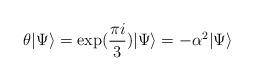
LaTeX: \begin{align*}\theta \vert \Psi \rangle = \exp(\frac{ \pi i}{3}) \vert \Psi \rangle= - \alpha^2 \vert \Psi \rangle\end{align*}